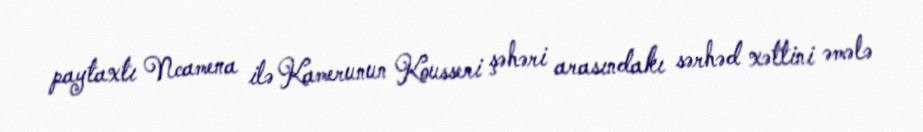
paytaxtı Ncamena ilə Kamerunun Kousseri şəhəri arasındakı sərhəd xəttini əmələ